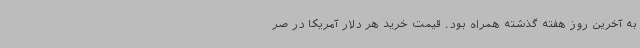
به آخرین روز هفته گذشته همراه بود. قیمت خرید هر دلار آمریکا در صر